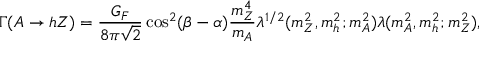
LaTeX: \Gamma ( A \rightarrow h Z ) = \frac { G _ { F } } { 8 \pi \sqrt 2 } \cos ^ { 2 } ( \beta - \alpha ) \frac { m _ { Z } ^ { 4 } } { m _ { A } } \lambda ^ { 1 / 2 } ( m _ { Z } ^ { 2 } , m _ { h } ^ { 2 } ; m _ { A } ^ { 2 } ) \lambda ( m _ { A } ^ { 2 } , m _ { h } ^ { 2 } ; m _ { Z } ^ { 2 } ) ,